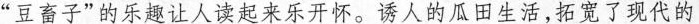
”豆畜子”的乐趣让人读起来乐开怀。诱人的瓜田生活，拓宽了现代的